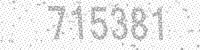
Solution: 715381